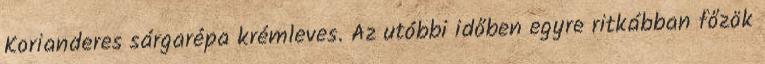
Korianderes sárgarépa krémleves. Az utóbbi időben egyre ritkábban főzök